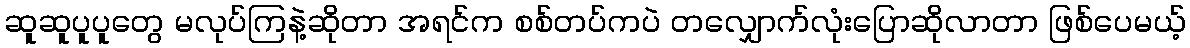
ဆူဆူပူပူတွေ မလုပ်ကြနဲ့ဆိုတာ အရင်က စစ်တပ်ကပဲ တလျှောက်လုံးပြောဆိုလာတာ ဖြစ်ပေမယ့်